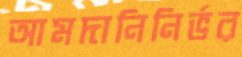
আমদানিনির্ভর